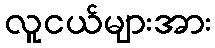
လူငယ်များအား